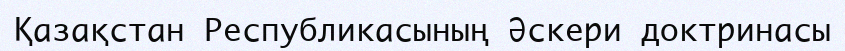
Қазақстан Республикасының Әскери доктринасы